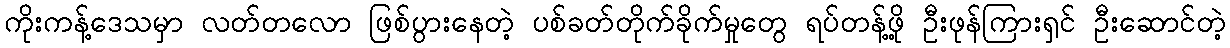
ကိုးကန့်ဒေသမှာ လတ်တလော ဖြစ်ပွားနေတဲ့ ပစ်ခတ်တိုက်ခိုက်မှုတွေ ရပ်တန့်ဖို့ ဦးဖုန်ကြားရှင် ဦးဆောင်တဲ့